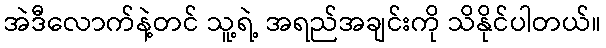
အဲဒီလောက်နဲ့တင် သူ့ရဲ့ အရည်အချင်းကို သိနိုင်ပါတယ်။